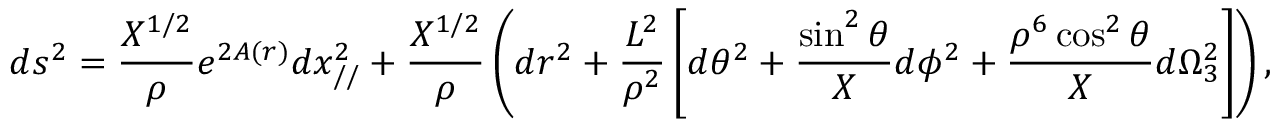
d s ^ { 2 } = \frac { X ^ { 1 / 2 } } { \rho } e ^ { 2 A ( r ) } d x _ { / / } ^ { 2 } + \frac { X ^ { 1 / 2 } } { \rho } \left( d r ^ { 2 } + \frac { L ^ { 2 } } { \rho ^ { 2 } } \left[ d \theta ^ { 2 } + \frac { \sin ^ { 2 } \theta } { X } d \phi ^ { 2 } + \frac { \rho ^ { 6 } \cos ^ { 2 } \theta } { X } d \Omega _ { 3 } ^ { 2 } \right] \right) ,